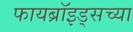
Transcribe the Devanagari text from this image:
फायब्रॉइड्सच्या